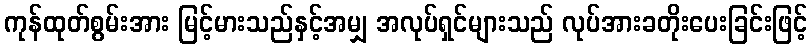
ကုန်ထုတ်စွမ်းအား မြင့်မားသည်နှင့်အမျှ အလုပ်ရှင်များသည် လုပ်အားခတိုးပေးခြင်းဖြင့်